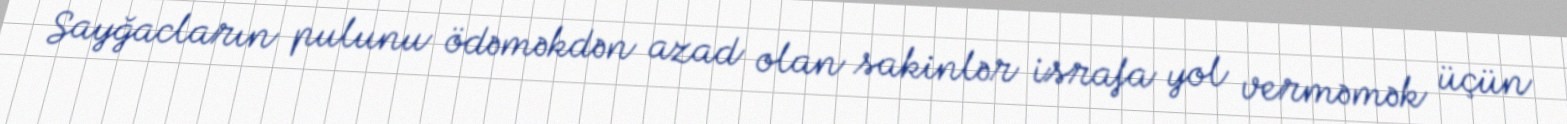
Sayğacların pulunu ödəməkdən azad olan sakinlər israfa yol verməmək üçün